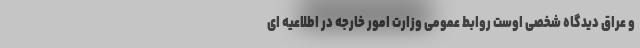
و عراق دیدگاه شخصی اوست روابط عمومی وزارت امور خارجه در اطلاعیه ای